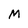
Character: M